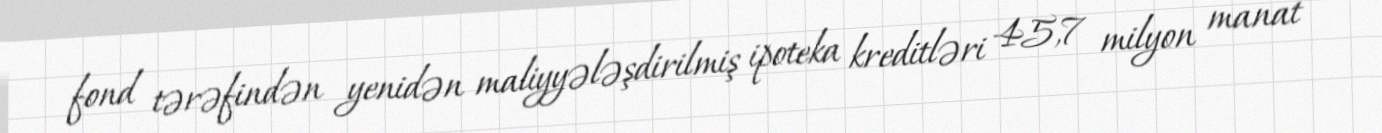
fond tərəfindən yenidən maliyyələşdirilmiş ipoteka kreditləri 45,7 milyon manat